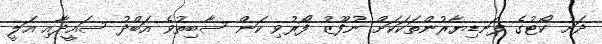
ދަށު ކޯޓުގެ ފަނޑިޔާރުންތަކަކަށް ނުފޫޒު ފޯރުވި ކަން ސާބިތުވެ އަބްދު ސައީދާއި އަލީ